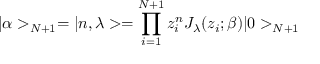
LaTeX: | \alpha > _ { N + 1 } = | n , \lambda > = \prod _ { i = 1 } ^ { N + 1 } z _ { i } ^ { n } J _ { \lambda } ( z _ { i } ; \beta ) | 0 > _ { N + 1 }